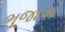
ભૂજાઓ